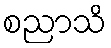
စညာသိ